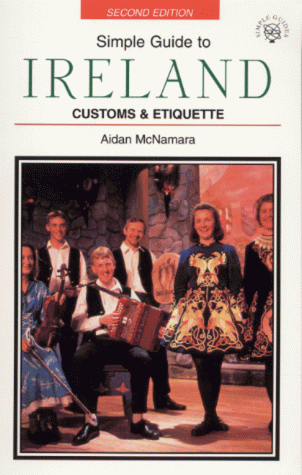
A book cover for Simple Guide to Ireland: Customs and Etiquette (Simple Guides Customs and Etiquette); Aidan McNamara; Travel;